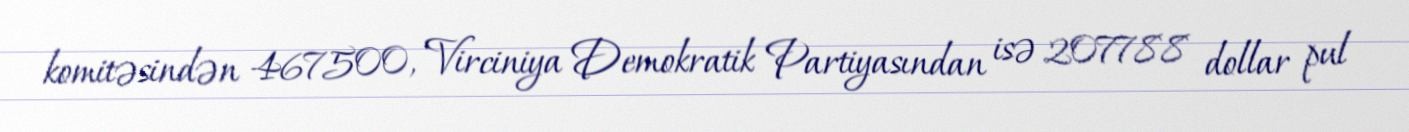
komitəsindən 467500, Virciniya Demokratik Partiyasından isə 207788 dollar pul